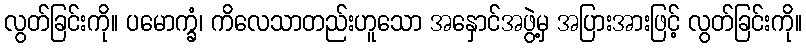
လွတ်ခြင်းကို။ ပမောက္ခံ၊ ကိလေသာတည်းဟူသော အနှောင်အဖွဲ့မှ အပြားအားဖြင့် လွတ်ခြင်းကို။